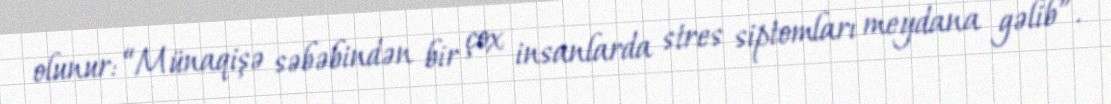
olunur: “Münaqişə səbəbindən bir çox insanlarda stres siptomları meydana gəlib”.